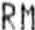
RM